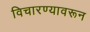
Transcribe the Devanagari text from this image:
विचारण्यावरून